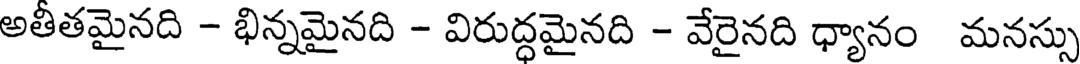
అతీతమైనది - భిన్నమైనది - విరుద్ధమైనది - వేరైనది ధ్యానం మనస్సు